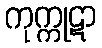
ကုက္ကုဋာ